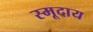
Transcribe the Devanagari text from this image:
स्मूदाय